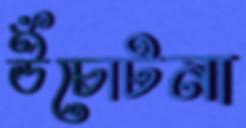
উঁচোটনা